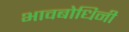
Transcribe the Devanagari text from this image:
भावबोधिनी